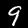
Digit: 9